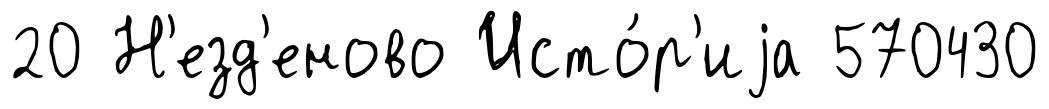
20 Н'езд'еново Исто́р'иjа 570430